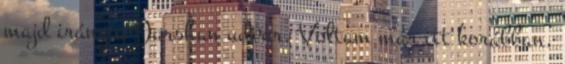
majd irány a Darshan udvar. Voltam már itt korábban,